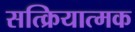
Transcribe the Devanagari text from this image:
सत्क्रियात्मक